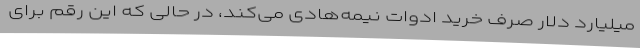
میلیارد دلار صرف خرید ادوات نیمه‌هادی می‌کند، در حالی که این رقم برای